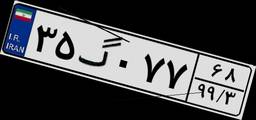
۷۱گ۲۰۶۱۵